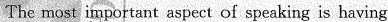
The most important aspect of speaking